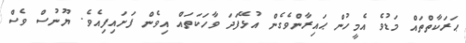
ޙަރަކާތްތައް މަޑުވެ އެމީހުން ޙައިރާންވެގެން އުޅޭފަދަ ވާހަކަތައް އިވެން ފަށައިފިއެވެ. ޔޫނުސް ވެސް